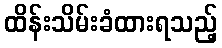
ထိန်းသိမ်းခံထားရသည့်